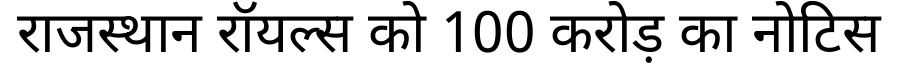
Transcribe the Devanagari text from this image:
राजस्थान रॉयल्स को 100 करोड़ का नोटिस